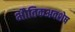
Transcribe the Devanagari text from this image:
भौतिकअवशेष